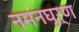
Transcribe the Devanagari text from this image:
नमनघूर्ण